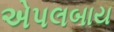
એપલબાય